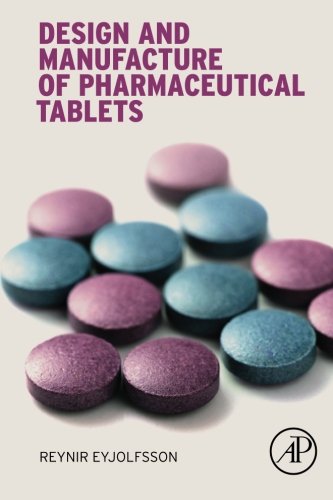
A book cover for Design and Manufacture of Pharmaceutical Tablets; Reynir Eyjolfsson; Medical Books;